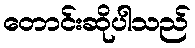
တောင်းဆိုပါသည်